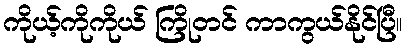
ကိုယ့်ကိုကိုယ် ကြိုတင် ကာကွယ်နိုင်ပြီ။